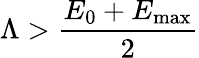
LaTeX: \Lambda>\frac{E_{0}+E_{\mathrm{max}}}{2}